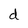
Character: d